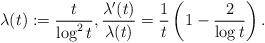
LaTeX: \begin{align*}\lambda (t):=\dfrac{t}{\log ^2 t}, \frac{\lambda'(t)}{\lambda(t)}=\frac{1}{t}\left(1-\dfrac{2}{\log t}\right).\end{align*}